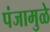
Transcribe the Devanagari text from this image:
पंजामुळे